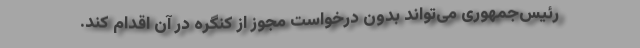
رئیس‌جمهوری می‌تواند بدون درخواست مجوز از کنگره در آن اقدام کند.